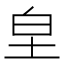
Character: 𭎊